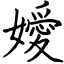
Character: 嬡